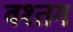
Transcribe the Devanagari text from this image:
वश्तग